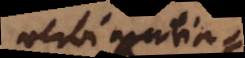
verbi gratia